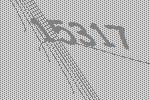
15317